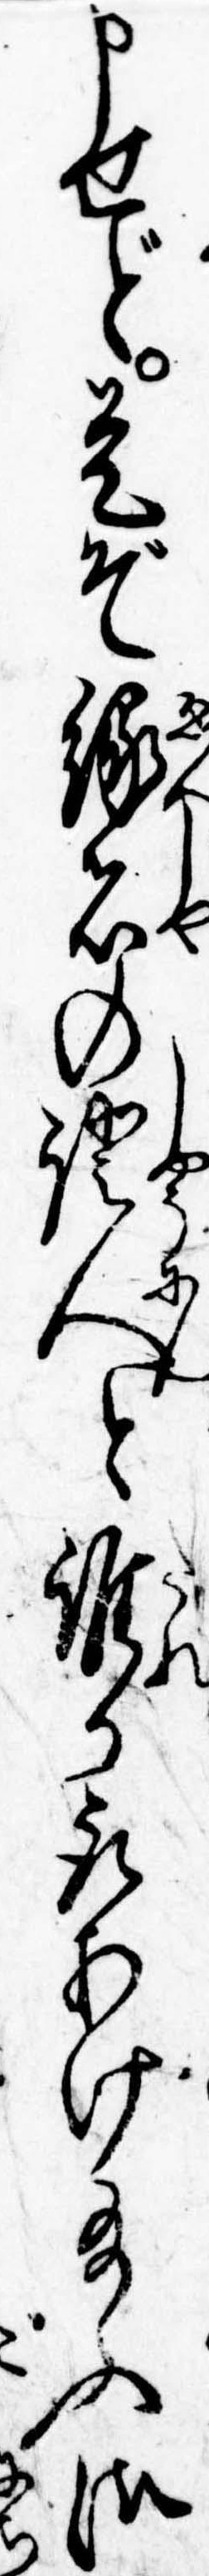
申せど是ぞ縁者の証人と誰か取あげ給ふ御